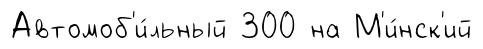
Автомоб'и́льный 300 на М'и́нск'ий